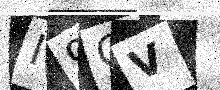
Text: I9CV